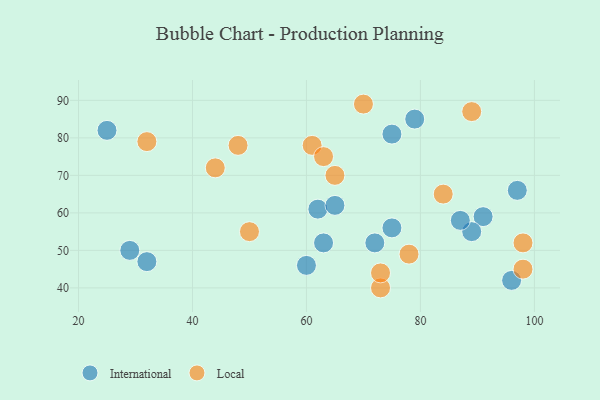
{"axis": {"x": "GDP", "y": "Life Expectancy"}, "legend": ["International", "Local"], "data": [{"x": "62", "y": 61, "type": "International"}, {"x": "79", "y": 85, "type": "International"}, {"x": "91", "y": 59, "type": "International"}, {"x": "89", "y": 55, "type": "International"}, {"x": "87", "y": 58, "type": "International"}, {"x": "65", "y": 62, "type": "International"}, {"x": "63", "y": 52, "type": "International"}, {"x": "75", "y": 81, "type": "International"}, {"x": "72", "y": 52, "type": "International"}, {"x": "60", "y": 46, "type": "International"}, {"x": "97", "y": 66, "type": "International"}, {"x": "75", "y": 56, "type": "International"}, {"x": "25", "y": 82, "type": "International"}, {"x": "29", "y": 50, "type": "International"}, {"x": "32", "y": 47, "type": "International"}, {"x": "96", "y": 42, "type": "International"}, {"x": "84", "y": 65, "type": "Local"}, {"x": "61", "y": 78, "type": "Local"}, {"x": "65", "y": 70, "type": "Local"}, {"x": "32", "y": 79, "type": "Local"}, {"x": "98", "y": 52, "type": "Local"}, {"x": "48", "y": 78, "type": "Local"}, {"x": "50", "y": 55, "type": "Local"}, {"x": "73", "y": 40, "type": "Local"}, {"x": "78", "y": 49, "type": "Local"}, {"x": "98", "y": 45, "type": "Local"}, {"x": "63", "y": 75, "type": "Local"}, {"x": "44", "y": 72, "type": "Local"}, {"x": "89", "y": 87, "type": "Local"}, {"x": "73", "y": 44, "type": "Local"}, {"x": "70", "y": 89, "type": "Local"}]}